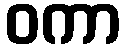
ဝကာ